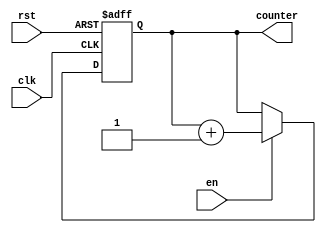
module counter_8bit(clk, en, rst, counter);

	input clk, en, rst;
	output reg [7:0] counter;
	
	initial counter = 8'b0;
	
	always @(posedge clk or posedge rst) begin
		if(rst) counter <= 0;
		else begin
			if (en) counter <= counter + 1;
			else counter <= counter;
			
		end
	end

endmodule